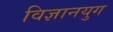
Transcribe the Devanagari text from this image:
विज्ञानयुग